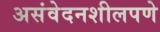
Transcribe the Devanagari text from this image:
असंवेदनशीलपणे